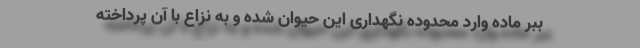
ببر ماده وارد محدوده نگهداری این حیوان شده و به نزاع با آن پرداخته